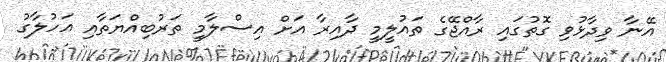
އޭނާ ވިދާޅުވި ގޮތުގައި ރާއްޖޭގެ ތައުލީމީ ދާއިރާ އަށް އިސްލާމީ ތަރުބިއްޔަތާއި އަހުލާގު